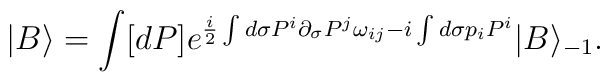
|B\rangle =\int [dP]e^{\frac{i}{2}\int d\sigma P^i\partial_\sigma P^j\omega_{ij}-i\int d\sigma p_iP^i}|B\rangle_{-1}.